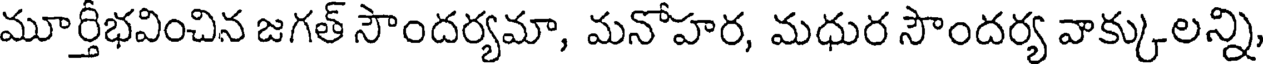
మూర్తీభవించిన జగత్ సౌందర్యమా, మనోహర, మధుర సౌందర్య వాక్కులన్ని